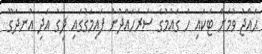
ޙައްޖު ވުމަށް ޓަކައި ހަ ގައުމުގެ ސަރަހައްދުން ފައިމަގުގައި ދިގު އަދި އުނދަގޫ